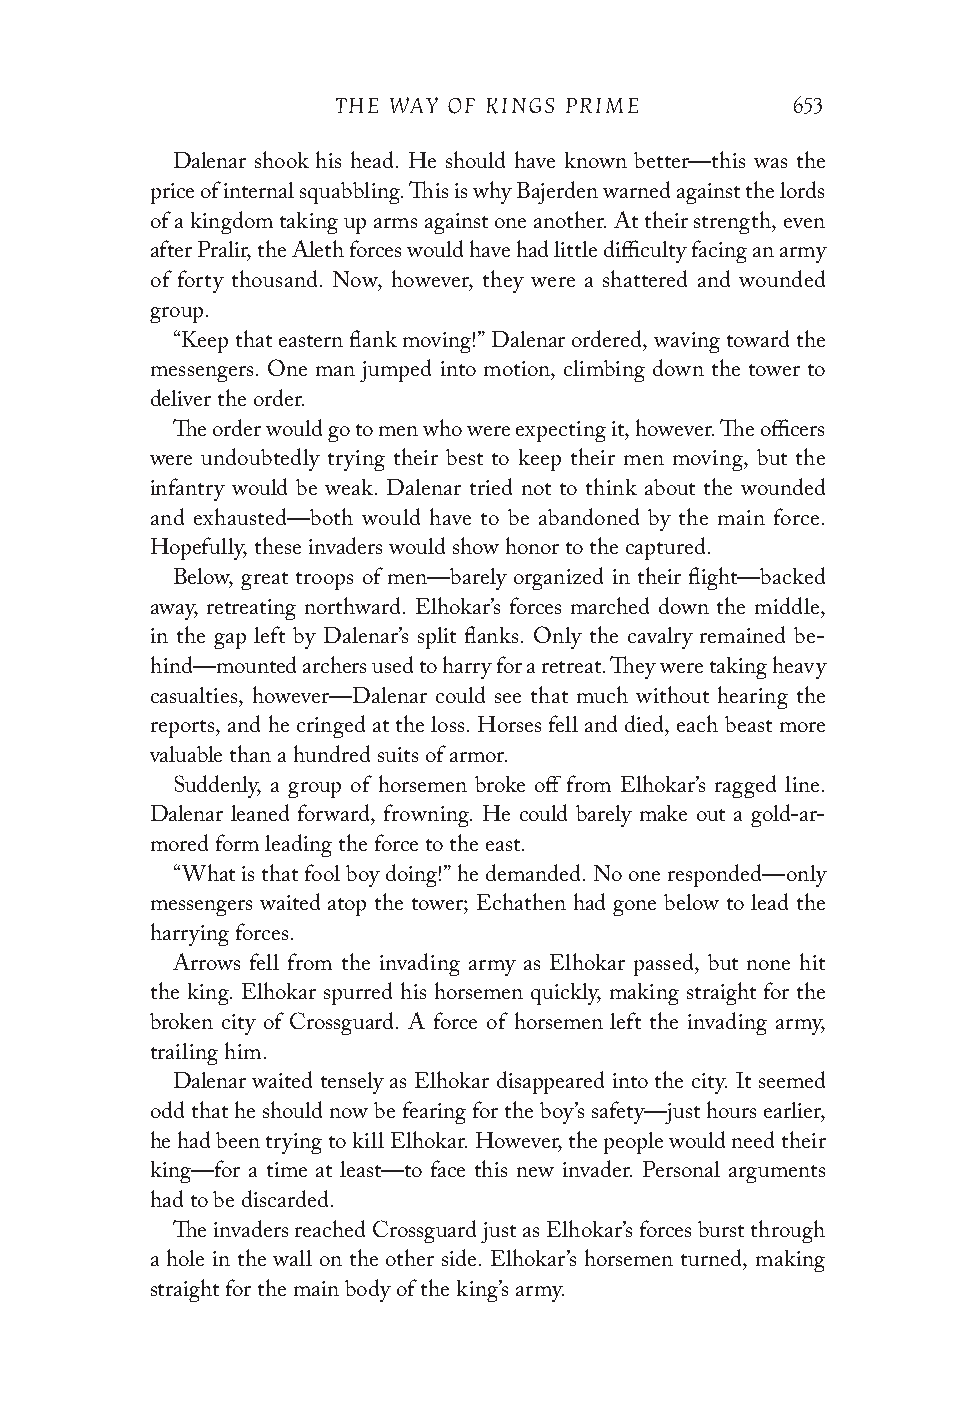
THE WAY OF KINGS PRIME        653
 Dalenar shook his head. He should have known better—this was the
 price of internal squabbling. This is why Bajerden warned against the lords
 of a kingdom taking up arms against one another. At their strength, even
 after Pralir, the Aleth forces would have had little difficulty facing an army
 of forty thousand. Now, however, they were a shattered and wounded
 group.
 “Keep that eastern flank moving!” Dalenar ordered, waving toward the
 messengers. One man jumped into motion, climbing down the tower to
 deliver the order.
 The order would go to men who were expecting it, however. The officers
 were undoubtedly trying their best to keep their men moving, but the
 infantry would be weak. Dalenar tried not to think about the wounded
 and exhausted—both would have to be abandoned by the main force.
 Hopefully, these invaders would show honor to the captured.
 Below, great troops of men—barely organized in their flight—backed
 away, retreating northward. Elhokar’s forces marched down the middle,
 in the gap left by Dalenar’s split flanks. Only the cavalry remained be-
 hind—mounted archers used to harry for a retreat. They were taking heavy
 casualties, however—Dalenar could see that much without hearing the
 reports, and he cringed at the loss. Horses fell and died, each beast more
 valuable than a hundred suits of armor.
 Suddenly, a group of horsemen broke off from Elhokar’s ragged line.
 Dalenar leaned forward, frowning. He could barely make out a gold-ar-
 mored form leading the force to the east.
 “What is that fool boy doing!” he demanded. No one responded—only
 messengers waited atop the tower; Echathen had gone below to lead the
 harrying forces.
 Arrows fell from the invading army as Elhokar passed, but none hit
 the king. Elhokar spurred his horsemen quickly, making straight for the
 broken city of Crossguard. A force of horsemen left the invading army,
 trailing him.
 Dalenar waited tensely as Elhokar disappeared into the city. It seemed
 odd that he should now be fearing for the boy’s safety—just hours earlier,
 he had been trying to kill Elhokar. However, the people would need their
 king—for a time at least—to face this new invader. Personal arguments
 had to be discarded.
 The invaders reached Crossguard just as Elhokar’s forces burst through
 a hole in the wall on the other side. Elhokar’s horsemen turned, making
 straight for the main body of the king’s army.